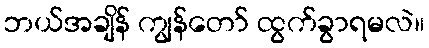
ဘယ်အချိန် ကျွန်တော် ထွက်ခွာရမလဲ။